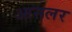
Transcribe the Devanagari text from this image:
आसलर